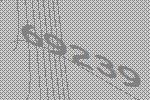
69239